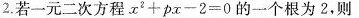
2.若一元二次方程 $$x ^ { 2 } + p x - 2 = 0$$的一个根为2，则